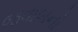
જવાબનો